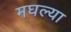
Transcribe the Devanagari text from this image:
मघल्या